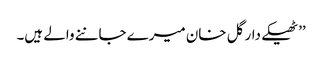
’’ٹھیکے دار گل خان میرے جاننے والے ہیں۔